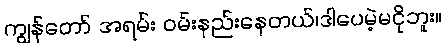
ကျွန်တော် အရမ်း ဝမ်းနည်းနေတယ်၊ဒါပေမဲ့မငိုဘူး။